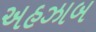
અહઝાબ